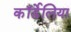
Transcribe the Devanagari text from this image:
कॉर्डेलिया